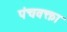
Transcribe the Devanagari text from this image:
पंचवक्ता